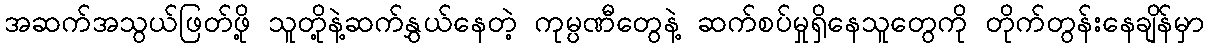
အဆက်အသွယ်ဖြတ်ဖို့ သူတို့နဲ့ဆက်နွှယ်နေတဲ့ ကုမ္ပဏီတွေနဲ့ ဆက်စပ်မှုရှိနေသူတွေကို တိုက်တွန်းနေချိန်မှာ